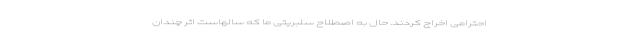
احترامی اخراج کردند. حال به اصطلاح سلبریتی ما که سالهاست اثر چندان